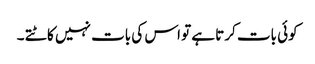
کوئی بات کرتا ہے تو اس کی بات نہیں کاٹتے ۔